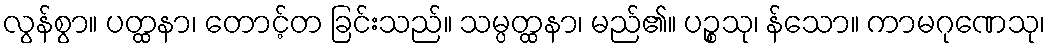
လွန်စွာ။ ပတ္ထနာ၊ တောင့်တ ခြင်းသည်။ သမ္ပတ္ထနာ၊ မည်၏။ ပဉ္စသု၊ န်သော။ ကာမဂုဏေသု၊